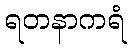
ရတနာကရံ